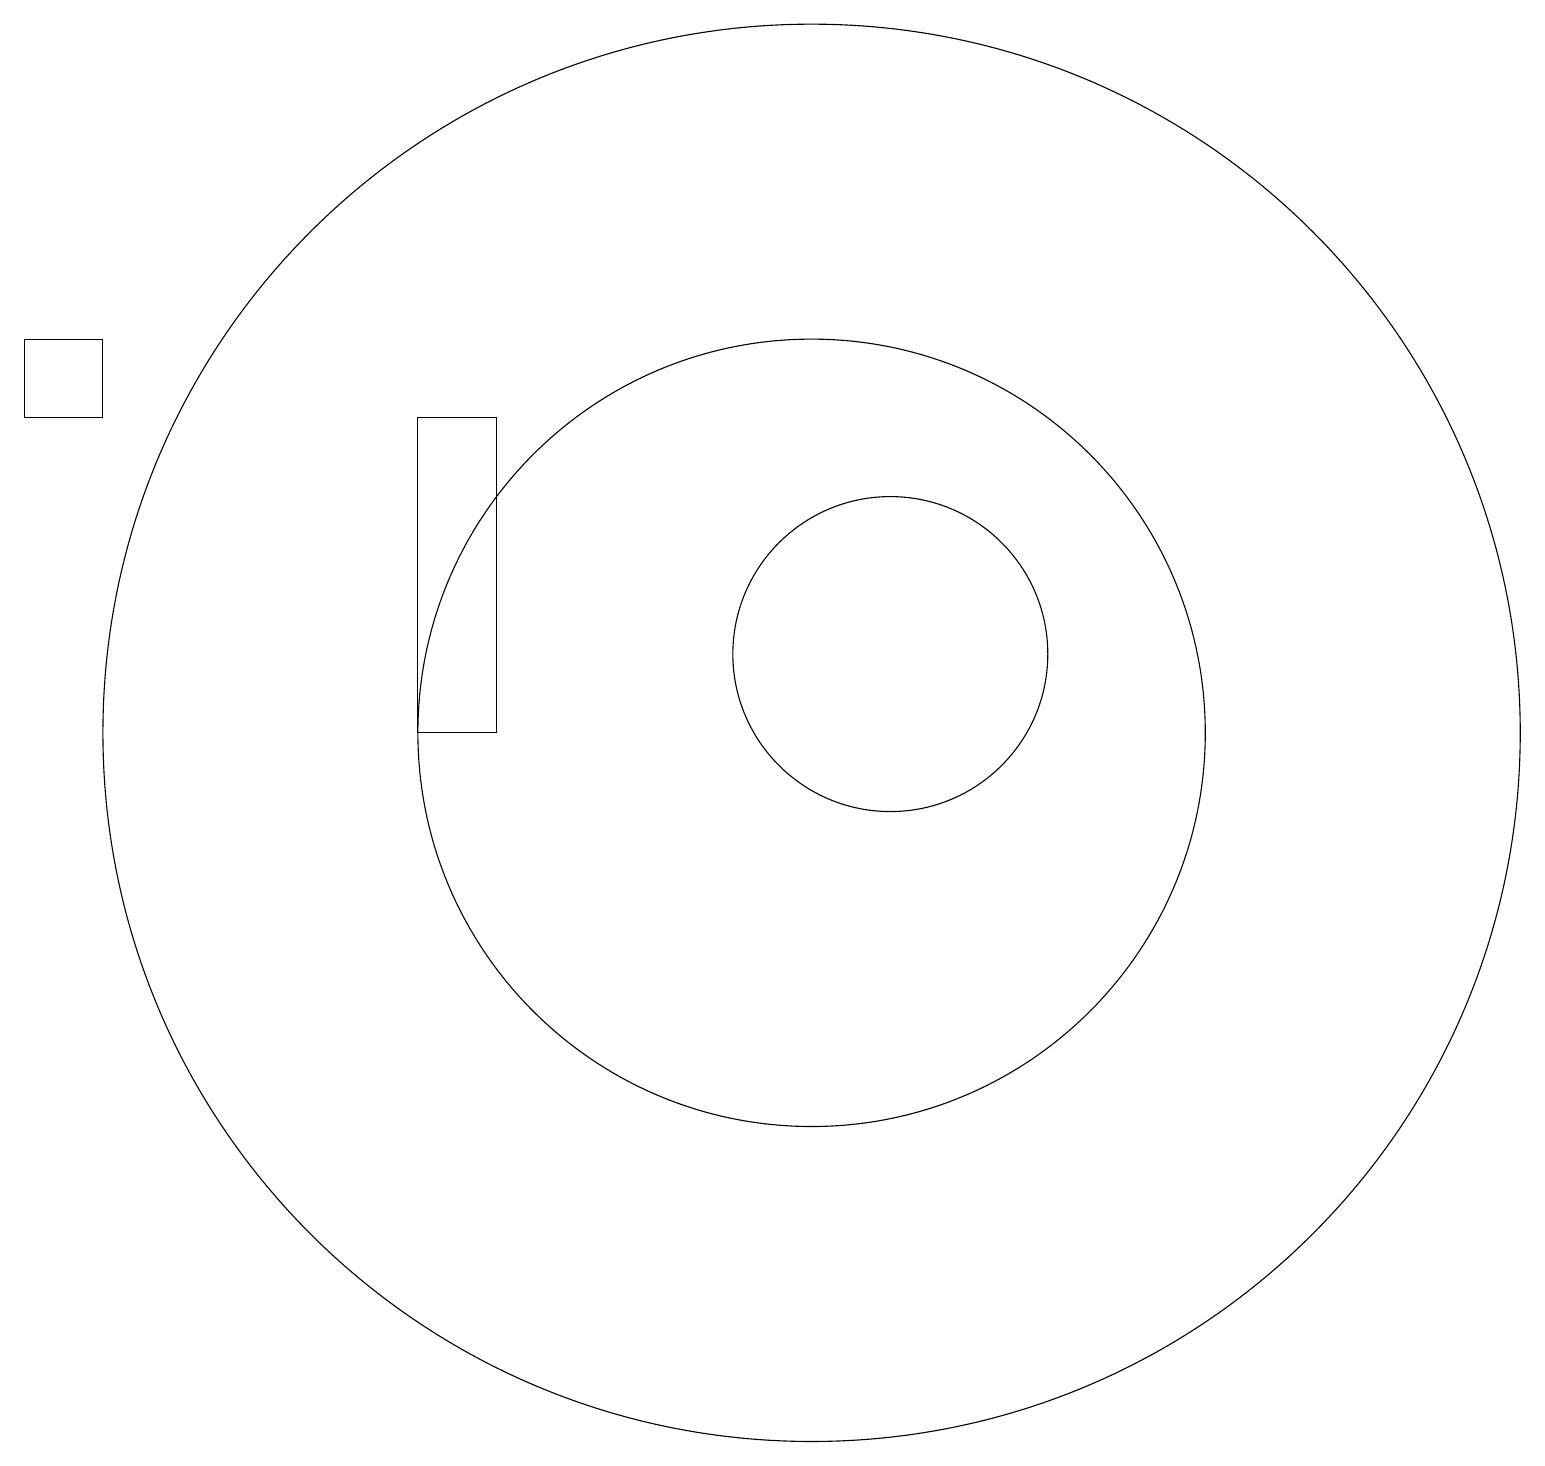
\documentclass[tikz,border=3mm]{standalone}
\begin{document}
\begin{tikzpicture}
\draw (11,10) circle (9);
\draw (12,11) circle (2);
\draw (11,12) circle (0);
\draw (1,15) rectangle (2,14);
\draw (6,14) rectangle (7,10);
\draw (11,10) circle (0);
\draw (11,10) circle (5);
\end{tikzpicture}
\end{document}